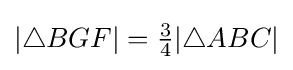
|\triangle BGF|={\tfrac {3}{4}}|\triangle ABC|